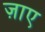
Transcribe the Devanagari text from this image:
ज़ाए